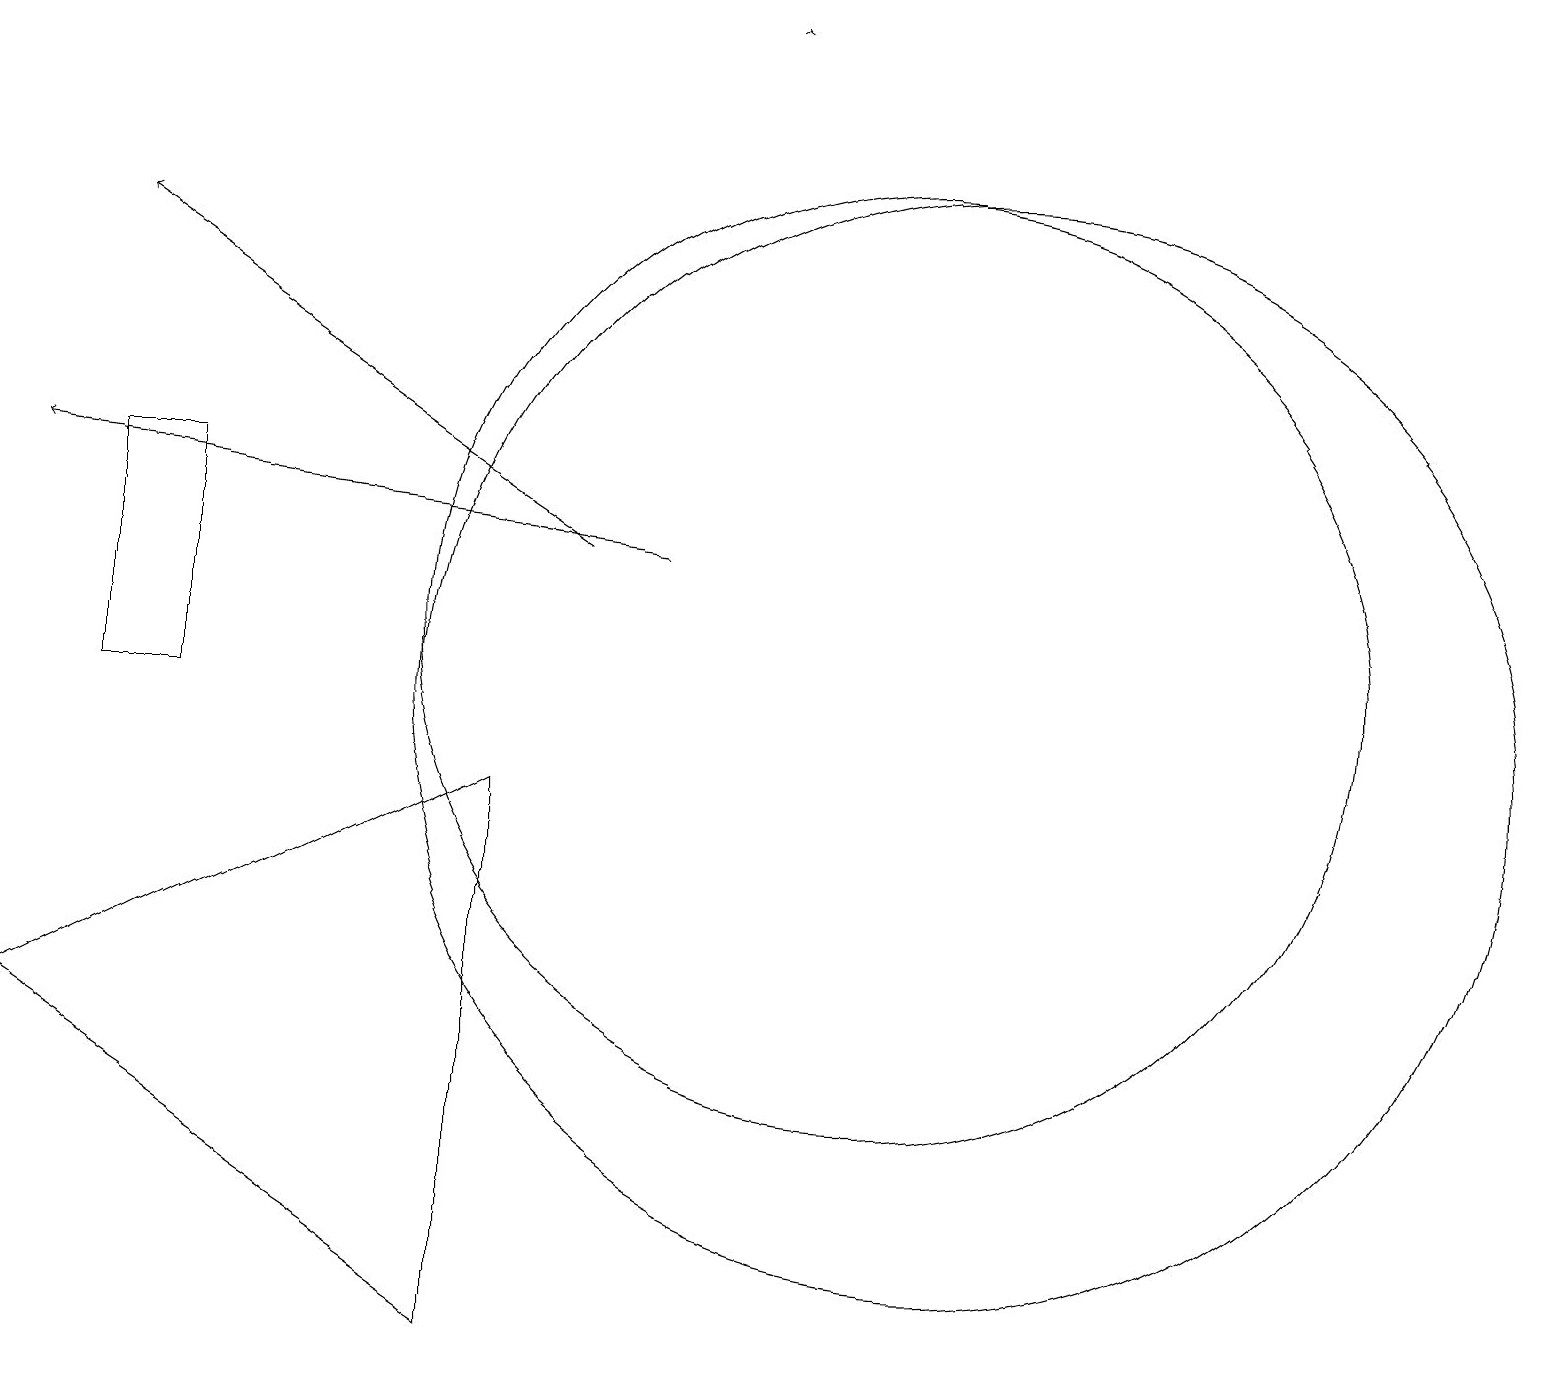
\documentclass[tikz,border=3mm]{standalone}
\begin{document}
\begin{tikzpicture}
\draw[->] (8,12) -- (0,13);
\draw (11,11) circle (6);
\draw[->] (7,12) -- (1,16);
\draw (2,13) rectangle (1,10);
\draw (6,9) -- (6,2) -- (0,6) -- cycle;
\draw[->] (9,19) -- (9,19);
\draw (12,10) circle (7);
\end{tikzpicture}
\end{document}